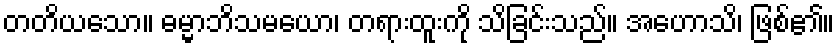
တတိယသော။ ဓမ္မာဘိသမယော၊ တရားထူးကို သိခြင်းသည်။ အဟောသိ၊ ဖြစ်၏။